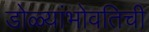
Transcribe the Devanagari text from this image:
डोळ्यांभोवतिची